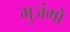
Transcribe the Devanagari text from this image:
भुजंगो